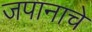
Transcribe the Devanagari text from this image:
जपानाचे